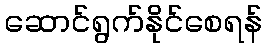
ဆောင်ရွက်နိုင်စေရန်